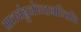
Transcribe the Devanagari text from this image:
मातर्जह्नुनरेन्द्रनन्दिनि